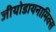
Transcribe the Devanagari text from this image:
जीयोडायनामिक्स